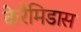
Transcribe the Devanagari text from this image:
केरैमिडास